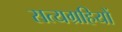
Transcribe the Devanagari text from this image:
सत्यग्रहियों